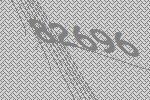
82696